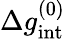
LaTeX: \Delta g_{\mathrm{int}}^{(0)}